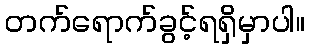
တက်ရောက်ခွင့်ရရှိမှာပါ။